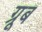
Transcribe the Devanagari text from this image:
ग्रूब